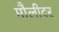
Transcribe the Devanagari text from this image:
मौलीदर